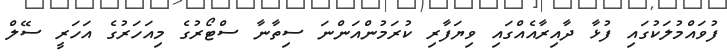
ފުވައްމުލަކުގައި ފުޅާ ދާއިރާއެއްގައި ވިޔަފާރި ކުރަމުންއަންނަ ސިތާނާ ސްޓޯރުގެ މިއަހަރުގެ އަހަރީ ސޭލް